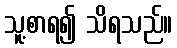
သူ့စာရ၍ သိရသည်။